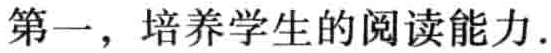
第一，培养学生的阅读能力.